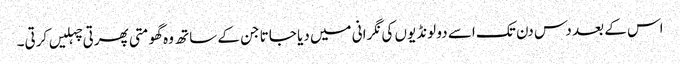
اس کے بعد دس دن تک اسے دو لونڈیوں کی نگرانی میں دیا جاتا جن کے ساتھ وہ گھومتی پھرتی چہلیں کرتی۔